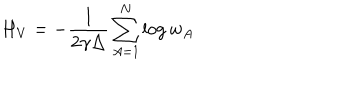
H _ { V } = - \frac { 1 } { 2 \gamma \Delta } \sum _ { A = 1 } ^ { N } \log w _ { A }